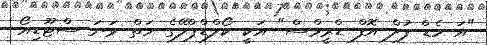
"އަ ހެޑް ފުލް އޮފް ޑްރީމްސް" އަކީ ކޯލްޑްޕްލޭގެ ހަތް ވަނަ ސްޓޫޑިއޯ